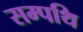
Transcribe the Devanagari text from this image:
सम्पथि